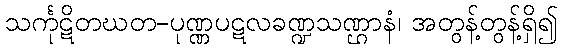
သင်္ကုဋိတဃတ-ပုဏ္ဏပဋလခဏ္ဍသဏ္ဌာနံ၊ အတွန့်တွန့်ရှိ၍